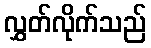
လွှတ်လိုက်သည်